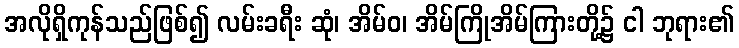
အလိုရှိကုန်သည်ဖြစ်၍ လမ်းခရီး ဆုံ၊ အိမ်ဝ၊ အိမ်ကြိုအိမ်ကြားတို့၌ ငါ ဘုရား၏